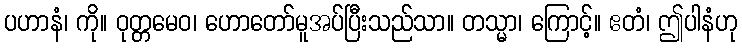
ပဟာနံ၊ ကို။ ဝုတ္တမေဝ၊ ဟောတော်မူအပ်ပြီးသည်သာ။ တသ္မာ၊ ကြောင့်။ ဧတံ၊ ဤပါနံဟု